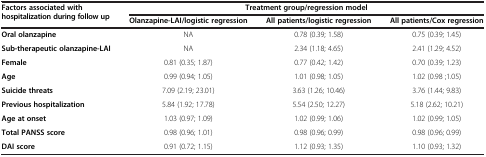
<table><thead><tr><td rowspan="2"><b>Factors associated with hospitalization during follow up</b></td><td colspan="3"><b>Treatment group/regression model</b></td></tr><tr><td><b>Olanzapine-LAI/logistic regression</b></td><td><b>All patients/logistic regression</b></td><td><b>All patients/Cox regression</b></td></tr></thead><tbody><tr><td><b>Oral olanzapine</b></td><td>NA</td><td>0.78 (0.39; 1.58)</td><td>0.75 (0.39; 1.45)</td></tr><tr><td><b>Sub-therapeutic olanzapine-LAI</b></td><td>NA</td><td>2.34 (1.18; 4.65)</td><td>2.41 (1.29; 4.52)</td></tr><tr><td><b>Female</b></td><td>0.81 (0.35; 1.87)</td><td>0.77 (0.42; 1.42)</td><td>0.70 (0.39; 1.23)</td></tr><tr><td><b>Age</b></td><td>0.99 (0.94; 1.05)</td><td>1.01 (0.98; 1.05)</td><td>1.02 (0.98 ;1.05)</td></tr><tr><td><b>Suicide threats</b></td><td>7.09 (2.19; 23.01)</td><td>3.63 (1.26; 10.46)</td><td>3.76 (1.44; 9.83)</td></tr><tr><td><b>Previous hospitalization</b></td><td>5.84 (1.92; 17.78)</td><td>5.54 (2.50; 12.27)</td><td>5.18 (2.62; 10.21)</td></tr><tr><td><b>Age at onset</b></td><td>1.03 (0.97; 1.09)</td><td>1.02 (0.99; 1.06)</td><td>1.02 (0.99; 1.05)</td></tr><tr><td><b>Total PANSS score</b></td><td>0.98 (0.96; 1.01)</td><td>0.98 (0.96; 0.99)</td><td>0.98 (0.96; 0.99)</td></tr><tr><td><b>DAI score</b></td><td>0.91 (0.72; 1.15)</td><td>1.12 (0.93; 1.35)</td><td>1.10 (0.93; 1.32)</td></tr></tbody></table>